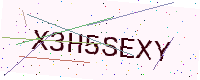
Text: X3H5SEXY